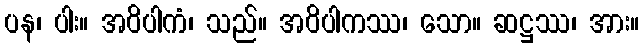
ပန၊ ပါး။ အဝိပါကံ၊ သည်။ အဝိပါကဿ၊ သော။ ဆဋ္ဌဿ၊ အား။